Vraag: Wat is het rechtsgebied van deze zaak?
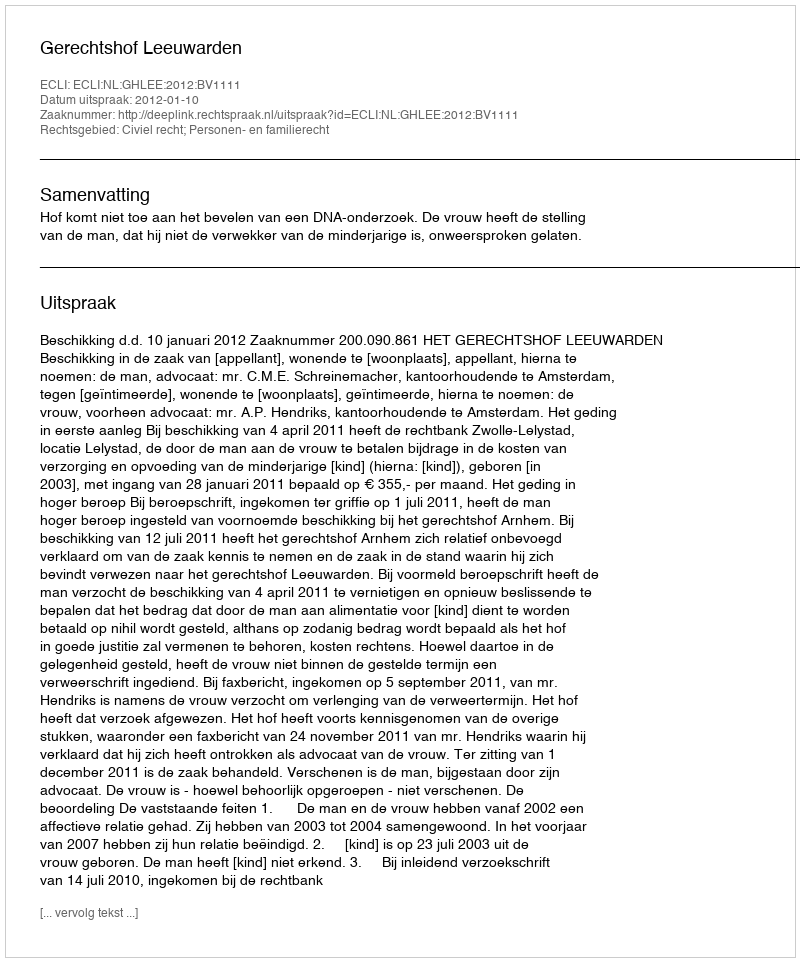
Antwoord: Civiel recht; Personen- en familierecht